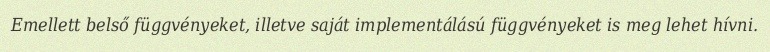
Emellett belső függvényeket, illetve saját implementálású függvényeket is meg lehet hívni.